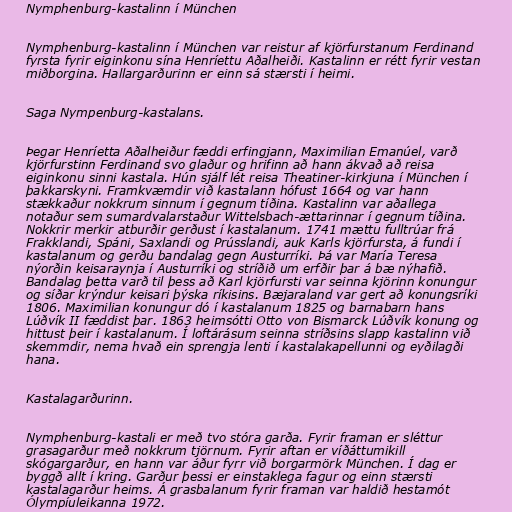
Nymphenburg-kastalinn í München

Nymphenburg-kastalinn í München var reistur af kjörfurstanum Ferdinand
fyrsta fyrir eiginkonu sína Henríettu Aðalheiði. Kastalinn er rétt fyrir vestan
miðborgina. Hallargarðurinn er einn sá stærsti í heimi.

Saga Nympenburg-kastalans.

Þegar Henríetta Aðalheiður fæddi erfingjann, Maximilian Emanúel, varð
kjörfurstinn Ferdinand svo glaður og hrifinn að hann ákvað að reisa
eiginkonu sinni kastala. Hún sjálf lét reisa Theatiner-kirkjuna í München í
þakkarskyni. Framkvæmdir við kastalann hófust 1664 og var hann
stækkaður nokkrum sinnum í gegnum tíðina. Kastalinn var aðallega
notaður sem sumardvalarstaður Wittelsbach-ættarinnar í gegnum tíðina.
Nokkrir merkir atburðir gerðust í kastalanum. 1741 mættu fulltrúar frá
Frakklandi, Spáni, Saxlandi og Prússlandi, auk Karls kjörfursta, á fundi í
kastalanum og gerðu bandalag gegn Austurríki. Þá var María Teresa
nýorðin keisaraynja í Austurríki og stríðið um erfðir þar á bæ nýhafið.
Bandalag þetta varð til þess að Karl kjörfursti var seinna kjörinn konungur
og síðar krýndur keisari þýska ríkisins. Bæjaraland var gert að konungsríki
1806. Maximilian konungur dó í kastalanum 1825 og barnabarn hans
Lúðvík II fæddist þar. 1863 heimsótti Otto von Bismarck Lúðvík konung og
hittust þeir í kastalanum. Í loftárásum seinna stríðsins slapp kastalinn við
skemmdir, nema hvað ein sprengja lenti í kastalakapellunni og eyðilagði
hana.

Kastalagarðurinn.

Nymphenburg-kastali er með tvo stóra garða. Fyrir framan er sléttur
grasagarður með nokkrum tjörnum. Fyrir aftan er víðáttumikill
skógargarður, en hann var áður fyrr við borgarmörk München. Í dag er
byggð allt í kring. Garður þessi er einstaklega fagur og einn stærsti
kastalagarður heims. Á grasbalanum fyrir framan var haldið hestamót
Ólympíuleikanna 1972.